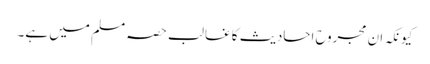
کیونکہ ان مجروح احادیث کا غالب حصہ مسلم میں ہے۔